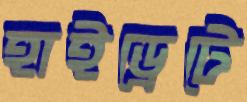
হাইড্রেটে